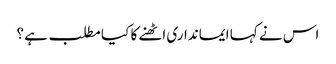
اس نے کہا ایمانداری اٹھنے کا کیا مطلب ہے؟